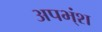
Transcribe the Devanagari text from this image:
अपभ्ंश